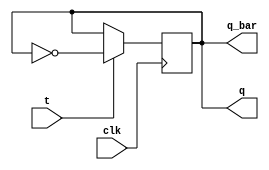
module t_ff(clk,t,q,q_bar);
    input clk,t;
    output reg q=0; 
    output q_bar;
    always@(posedge clk)
    begin
      if(!t)
        q<=q;
      else
        q<=~q;
    end
      assign q_bar=q;
endmodule